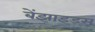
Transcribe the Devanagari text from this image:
बेंझाइड्स